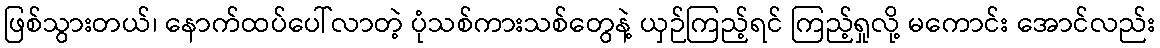
ဖြစ်သွားတယ်၊ နောက်ထပ်ပေါ်လာတဲ့ ပုံသစ်ကားသစ်တွေနဲ့ ယှဉ်ကြည့်ရင် ကြည့်ရှုလို့ မကောင်း အောင်လည်း